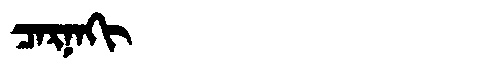
Manchu: ᠴᠠᡵᠨᠠᡴᡳ
Romanization: CARNAKI